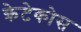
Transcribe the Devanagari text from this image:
क्रेटेकोस